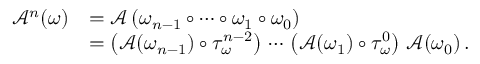
\begin{array} { r l } { \mathscr { A } ^ { n } ( \omega ) } & { = \mathscr { A } \left( \omega _ { n - 1 } \circ \cdots \circ \omega _ { 1 } \circ \omega _ { 0 } \right) } \\ & { = \left( \mathscr { A } ( \omega _ { n - 1 } ) \circ \tau _ { \omega } ^ { n - 2 } \right) \, \cdots \, \left( \mathscr { A } ( \omega _ { 1 } ) \circ \tau _ { \omega } ^ { 0 } \right) \, \mathscr { A } ( \omega _ { 0 } ) \, . } \end{array}